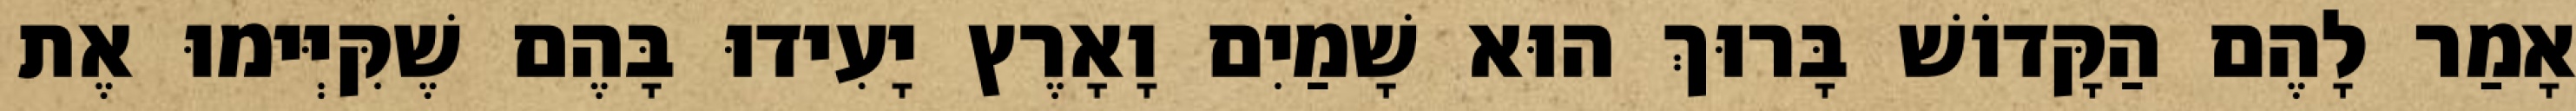
אָמַר לָהֶם הַקָּדוֹשׁ בָּרוּךְ הוּא שָׁמַיִם וָאָרֶץ יָעִידוּ בָּהֶם שֶׁקִּיְּימוּ אֶת